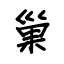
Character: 巢